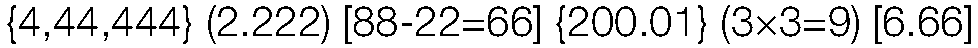
{4,44,444} (2.222) [88-22=66] {200.01} (3×3=9) [6.66]